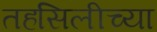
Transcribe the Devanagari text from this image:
तहसिलीच्या